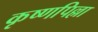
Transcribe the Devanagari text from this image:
कृष्णपिल्ला